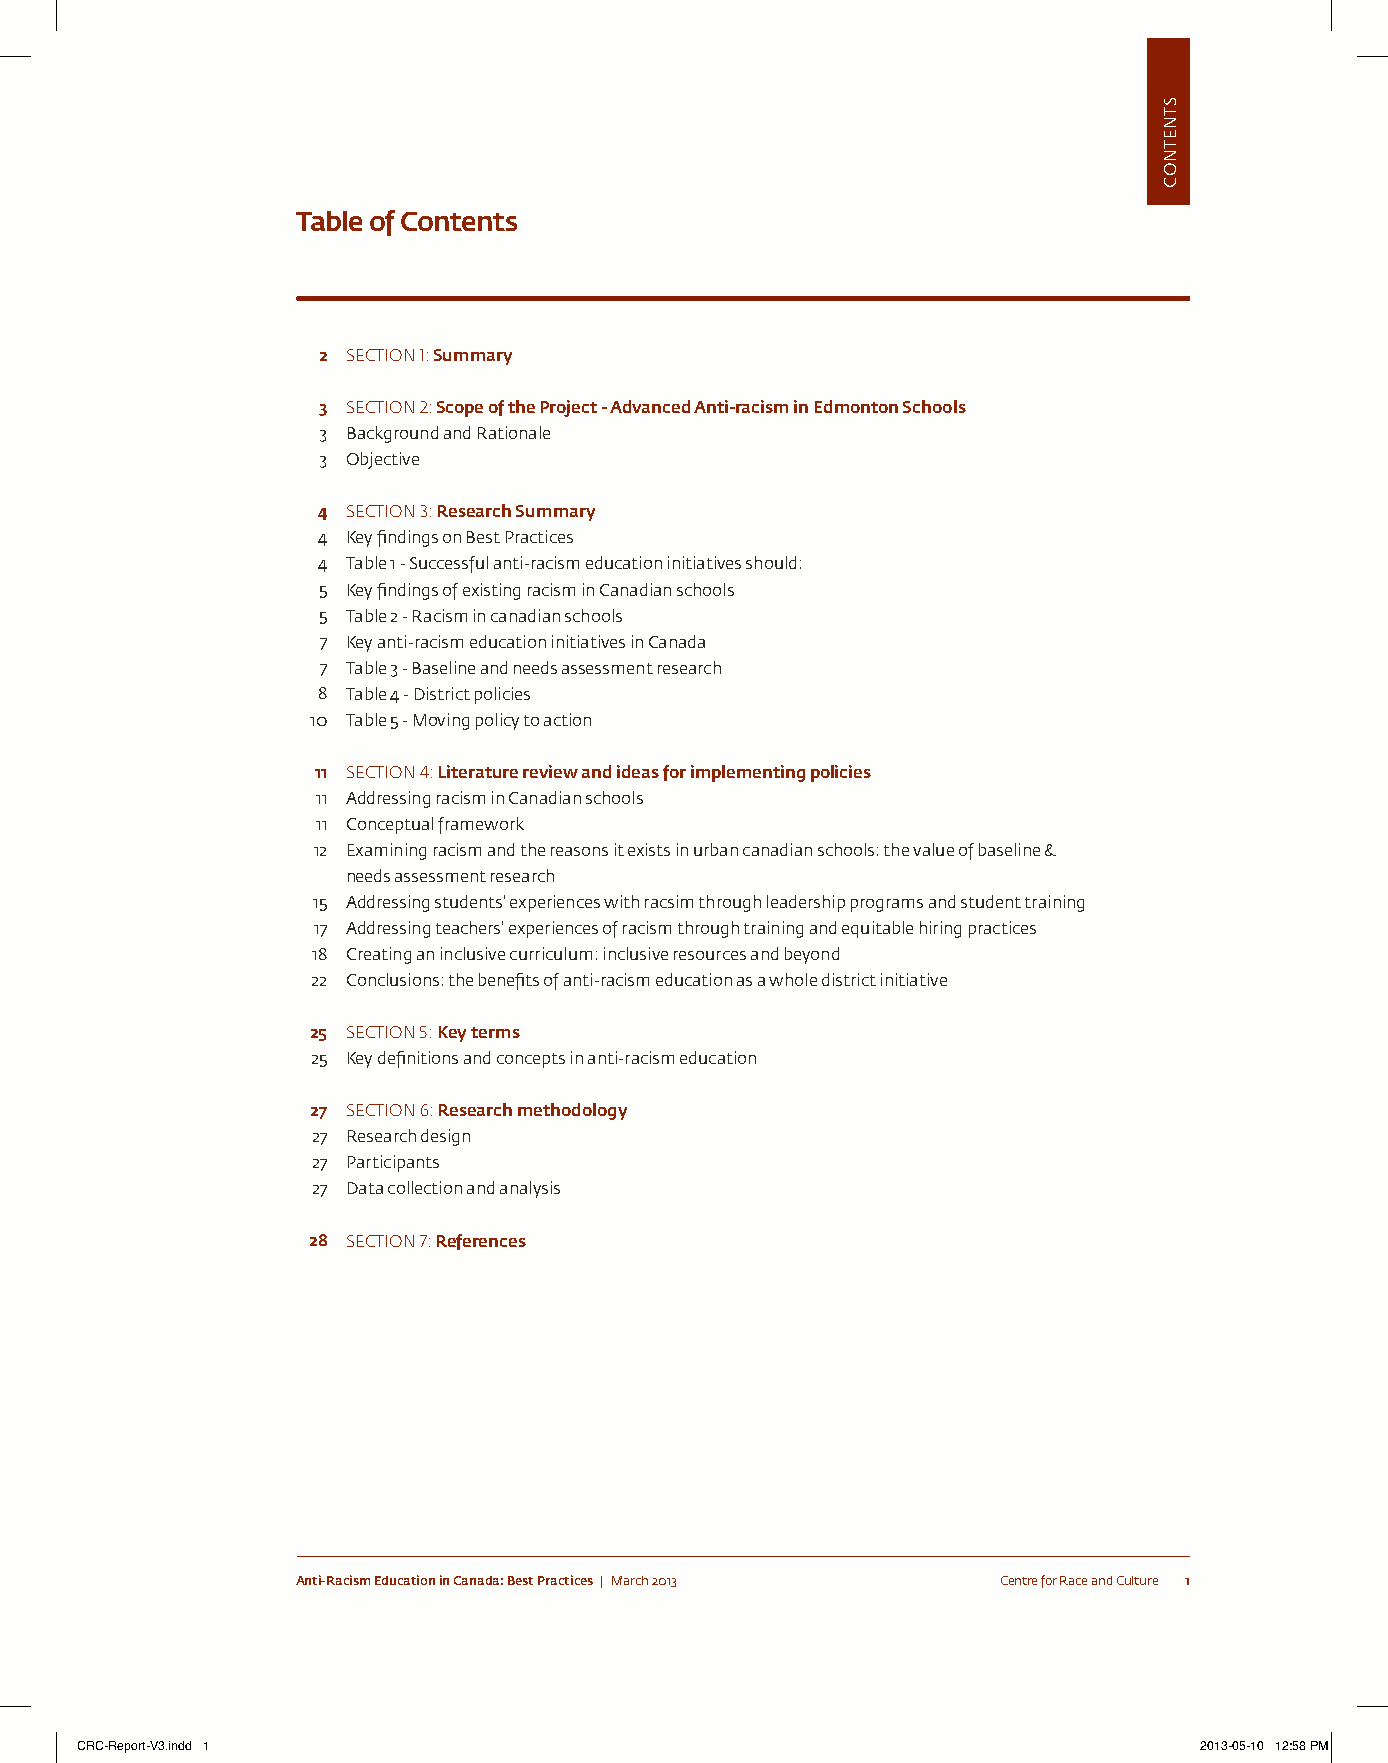
Table of Contents
 2 SECtion 1: Summary
 3 SECtion 2: Scope of the Project - Advanced Anti-racism in Edmonton Schools
 3 Background and Rationale
 3 objective
 4 SECtion 3: Research Summary
 4 Key findings on Best practices
 4 table 1 - successful anti-racism education initiatives should:
 5 Key findings of existing racism in canadian schools
 5 table 2 - Racism in canadian schools
 7 Key anti-racism education initiatives in canada
 7 table 3 - Baseline and needs assessment research
 8 table 4 - District policies
 10 table 5 - moving policy to action
 11 SECtion 4: Literature review and ideas for implementing policies
 11 addressing racism in canadian schools
 11 conceptual framework
 12 examining racism and the reasons it exists in urban canadian schools: the value of baseline &
 needs assessment research
 15 addressing students’ experiences with racsim through leadership programs and student training
 17 addressing teachers’ experiences of racism through training and equitable hiring practices
 18 creating an inclusive curriculum: inclusive resources and beyond
 22 conclusions: the benefits of anti-racism education as a whole district initiative
 25 SECtion 5: Key terms
 25 Key definitions and concepts in anti-racism education
 27 SECtion 6: Research methodology
 27 Research design
 27 participants
 27 Data collection and analysis
 28 SECtion 7: References
 Anti-Racism Education in Canada: Best Practices | March 2013 centre for Race and culture 1
 CRC-Report-V3.indd 1                                                      2013-05-10 12:58 PM
 stnetnoc